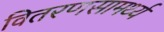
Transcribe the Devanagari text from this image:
वितरणसामर्थ्य